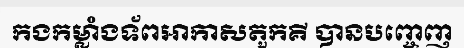
កងកម្លាំងទ័ពអាកាសតួកគី បានបញ្ចេញ